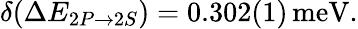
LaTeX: \delta(\Delta E_{2P\rightarrow 2S})=0.302(1)\, \textrm{meV}.